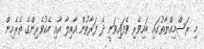
މި ރަސްމިއްޔާތުގައި ބައިވެރި ވެފައިވަނީ ދެ ފަރާތުން އާއިލާ އާއި އެކުވެރިންގެ ތެރެއިން